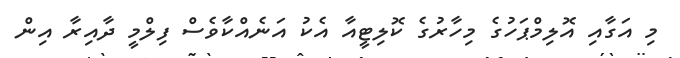
މި އަގާއި އޮލިމްޕަހުގެ މިހާރުގެ ކޮލިޓީއާ އެކު އަނެއްކާވެސް ފިލްމީ ދާއިރާ އިން